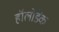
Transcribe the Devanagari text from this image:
हॉलोडेक